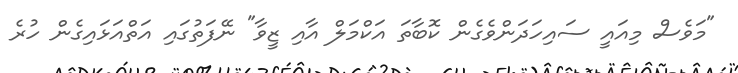
"މަވެސް މިއައީ ސައިހަދަންވެގެން ކޮބާތަ އަކްމަލް އާއި ޒީވާ" ނޭފަތުގައި އަތްއަޅައިގެން ހުރެ